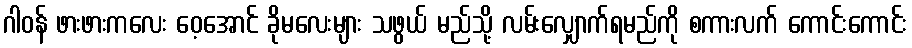
ဂါဝန် ဖားဖားကလေး ဝေ့အောင် ခိုမလေးများ သဖွယ် မည်သို့ လမ်းလျှောက်ရမည်ကို စကားလက် ကောင်းကောင်း